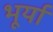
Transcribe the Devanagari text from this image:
भूर्या